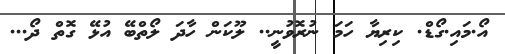
އޯ.މައި.ގޯޑް. ކިރިޔާ ހަމަ ނުރޮވުނީ.. ލޫކަން ހާދަ ލޯތްބޭ އުޅޭ ގޮތް ދޯ...